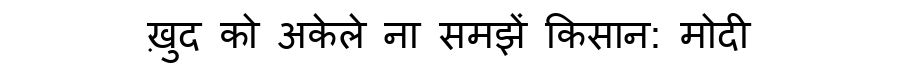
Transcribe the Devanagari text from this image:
ख़ुद को अकेले ना समझें किसान: मोदी